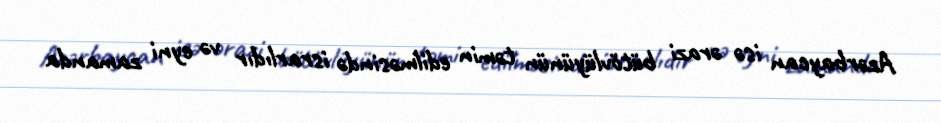
Azərbaycan isə ərazi bütövlüyünün təmin edilməsində israrlıdır və eyni zamanda